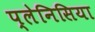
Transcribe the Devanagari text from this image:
प्लेनिसिया